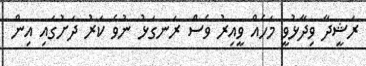
ރަޝީދާ ވިދާޅުވީ މަހެއް ވީއިރު ވެސް ރަނގަޅު ނުވެ ކަރު ދަށުގައި އިން